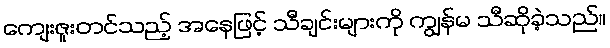
ကျေးဇူးတင်သည့် အနေဖြင့် သီချင်းများကို ကျွန်မ သီဆိုခဲ့သည်။